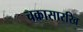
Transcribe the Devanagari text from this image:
चक्रासारखि